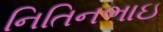
નિતિનભાઇ